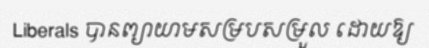
Liberals បានព្យាយាមសម្របសម្រួល ដោយឱ្យ